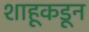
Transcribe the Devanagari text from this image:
शाहूकडून